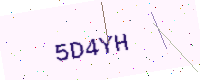
Text: 5D4YH